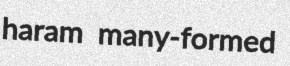
haram many-formed